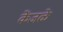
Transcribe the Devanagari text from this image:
केंजळे